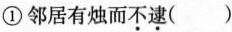
①邻居有烛而\underset{·}{不}\underset{·}{逮}()